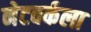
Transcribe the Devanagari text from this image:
नेटवर्कला